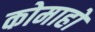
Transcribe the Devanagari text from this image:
कोमाहो